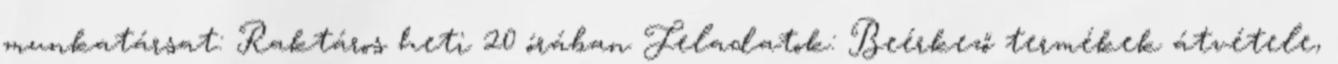
munkatársat: Raktáros heti 20 órában Feladatok: Beérkező termékek átvétele,